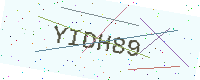
Text: YIDH89